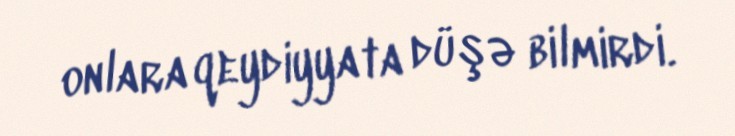
onlara qeydiyyata düşə bilmirdi.